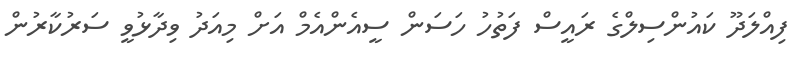
ފިއްލަދޫ ކައުންސިލްގެ ރައީސް ފަތުހު ހަސަން ސީއެންއެމް އަށް މިއަދު ވިދާޅުވީ ސަރުކާރުން